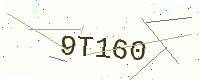
Text: 9T160